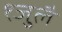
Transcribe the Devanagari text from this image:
१जुलै